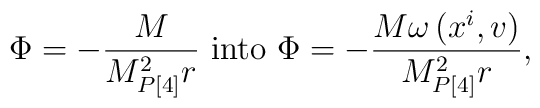
\Phi =-\frac{M}{M_{P[4]}^{2}r}\mbox{ into }\Phi =-\frac{M\omega \left(x^{i},v\right) }{M_{P[4]}^{2}r},